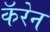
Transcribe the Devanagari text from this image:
कॅरेन